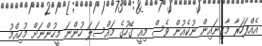
އެއްފަހަރާ މާގިނައިން ނުކެއުން ވެސް މިއީ ގޭހުގެ މައްސަލަ ހުންނަ މީހުންނަށް މުހިއްމު